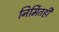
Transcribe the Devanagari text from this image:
निर्मितही